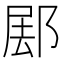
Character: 𰻰